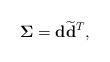
LaTeX: \begin{align*}\bold{\Sigma}=\bold{d}\widetilde{\bold{d}}^{T},\end{align*}